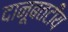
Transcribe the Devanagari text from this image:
दानूबतटीय